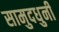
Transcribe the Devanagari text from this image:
सामुदधुनी